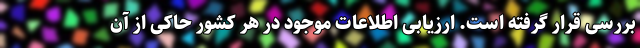
بررسی قرار گرفته است. ارزیابی اطلاعات موجود در هر کشور حاکی از آن